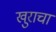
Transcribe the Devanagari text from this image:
खुराचा